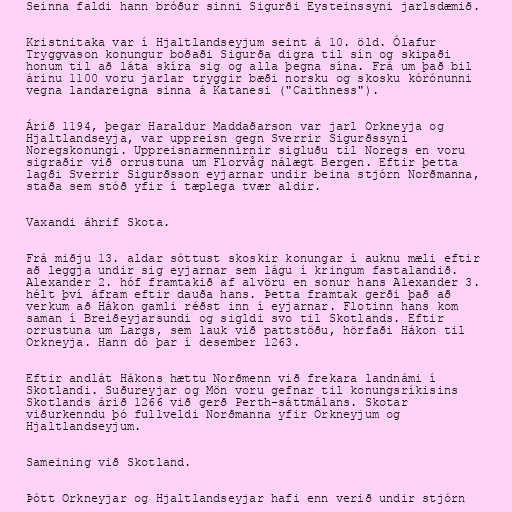
Seinna faldi hann bróður sinni Sigurði Eysteinssyni jarlsdæmið.

Kristnitaka var í Hjaltlandseyjum seint á 10. öld. Ólafur
Tryggvason konungur boðaði Sigurða digra til sín og skipaði
honum til að láta skíra sig og alla þegna sína. Frá um það bil
árinu 1100 voru jarlar tryggir bæði norsku og skosku kórónunni
vegna landareigna sinna á Katanesi ("Caithness").

Árið 1194, þegar Haraldur Maddaðarson var jarl Orkneyja og
Hjaltlandseyja, var uppreisn gegn Sverrir Sigurðssyni
Noregskonungi. Uppreisnarmennirnir sigluðu til Noregs en voru
sigraðir við orrustuna um Florvåg nálægt Bergen. Eftir þetta
lagði Sverrir Sigurðsson eyjarnar undir beina stjórn Norðmanna,
staða sem stóð yfir í tæplega tvær aldir.

Vaxandi áhrif Skota.

Frá miðju 13. aldar sóttust skoskir konungar í auknu mæli eftir
að leggja undir sig eyjarnar sem lágu í kringum fastalandið.
Alexander 2. hóf framtakið af alvöru en sonur hans Alexander 3.
hélt því áfram eftir dauða hans. Þetta framtak gerði það að
verkum að Hákon gamli réðst inn í eyjarnar. Flotinn hans kom
saman í Breiðeyjarsundi og sigldi svo til Skotlands. Eftir
orrustuna um Largs, sem lauk við pattstöðu, hörfaði Hákon til
Orkneyja. Hann dó þar í desember 1263.

Eftir andlát Hákons hættu Norðmenn við frekara landnámi í
Skotlandi. Suðureyjar og Mön voru gefnar til konungsríkisins
Skotlands árið 1266 við gerð Perth-sáttmálans. Skotar
viðurkenndu þó fullveldi Norðmanna yfir Orkneyjum og
Hjaltlandseyjum.

Sameining við Skotland.

Þótt Orkneyjar og Hjaltlandseyjar hafi enn verið undir stjórn